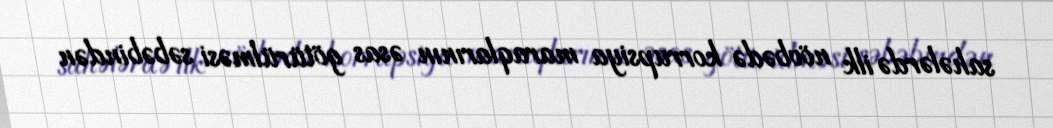
sahələrdə ilk növbədə korrupsiya maraqlarının əsas götürülməsi səbəbindən